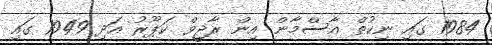
1984 ގައި ނިކުތް އާސްމާން އިން ރާޖީވް ކަޕޫރު އަދި 1949 ގައި